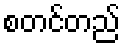
စတင်တည်